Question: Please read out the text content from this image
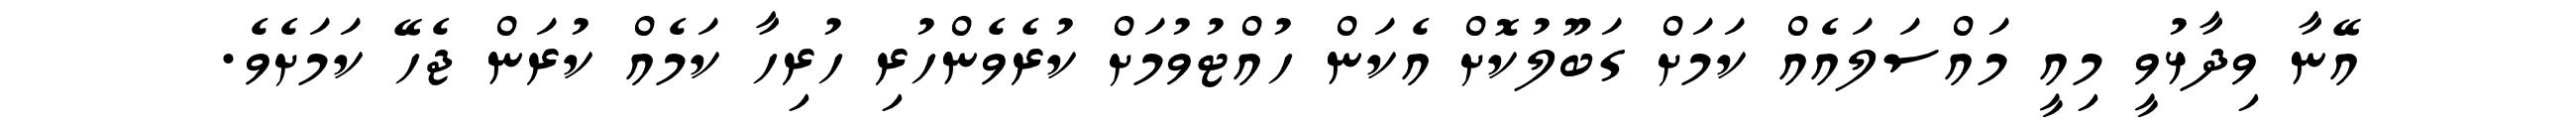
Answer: އޭނާ ވިދާޅުވީ މިއީ މައްސަލައެއް ކަމަށް ގަބޫލުކޮށް އެކަން ހުއްޓުވުމަށް ކުރެވެންހުރި ހުރިހާ ކަމެއް ކުރަން ޖެހޭ ކަމަށެވެ.